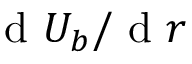
\textnormal { d } U _ { b } / \textnormal { d } r